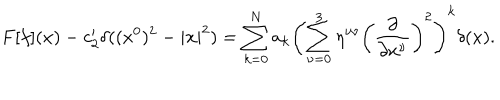
F [ f ] ( x ) - c _ { 2 } ^ { \prime } \delta ( ( x ^ { 0 } ) ^ { 2 } - | { \bf x } | ^ { 2 } ) = \sum _ { k = 0 } ^ { N } a _ { k } \left( \sum _ { \nu = 0 } ^ { 3 } \eta ^ { \nu \nu } \left( \frac { \partial } { \partial x ^ { \nu } } \right) ^ { 2 } \right) ^ { k } \delta ( x ) .